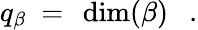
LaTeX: q_{\beta}\ =\ \dim(\beta)\ \ \ .